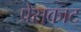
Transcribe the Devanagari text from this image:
प्रेसकाट